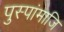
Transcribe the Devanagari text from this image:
पुस्पांमाजि